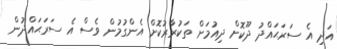
އަދި އެ ސަރަޙައްދު ދޫކޮށް ދިއުމަށް ތަކުރާރުކޮށް އެންގުމުން ވެސް އެ ސަރަޙައްދުން